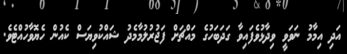
އަދި އިމާމު ނަވަވީ ވިދާޅުވެފައިވާ ގަދަބަހުގެ މައްޗަށް ފަޖުރުލުމާމެދު ޝައްކުވިޔަސް ކެއުން ހެޔޮވާހުއްޓެވެ.